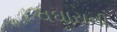
વઘારાની